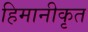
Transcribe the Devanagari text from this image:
हिमानीकृत